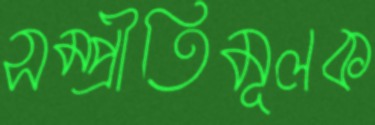
সম্প্রীতিমূলক